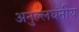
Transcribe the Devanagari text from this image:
अनुल्लघंनीय